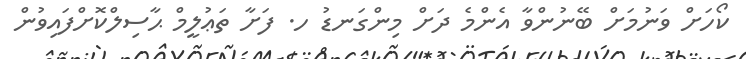
ކޯހަށް ވަނުމަށް ބޭނުންވާ އެންމެ ދަށް މިންގަނޑު ހ. ފަށާ ތަޢުލީމް ޙާސިލްކޮށްފައިވުން